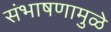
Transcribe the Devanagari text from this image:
संभाषणामुळे